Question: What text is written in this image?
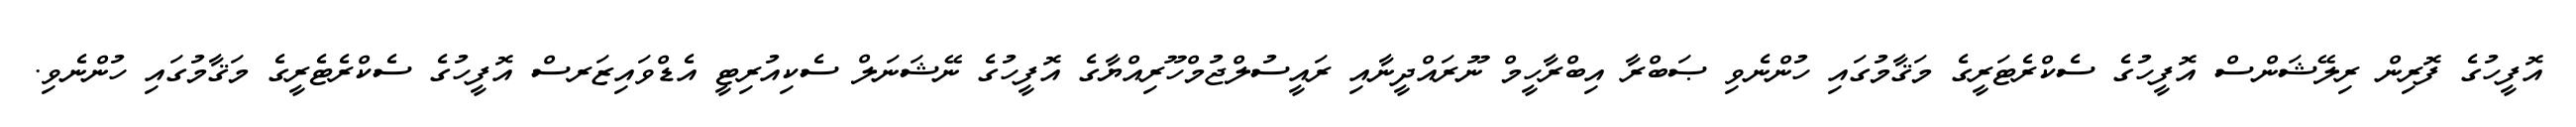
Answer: އޮފީހުގެ ފޮރިން ރިލޭޝަންސް އޮފީހުގެ ސެކްރެޓަރީގެ މަޤާމުގައި ހުންނެވި ޞަބްރާ އިބްރާހީމް ނޫރައްދީނާއި ރައީސުލްޖުމްހޫރިއްޔާގެ އޮފީހުގެ ނޭޝަނަލް ސެކިއުރިޓީ އެޑްވައިޒަރސް އޮފީހުގެ ސެކްރެޓެރީގެ މަޤާމުގައި ހުންނެވި.